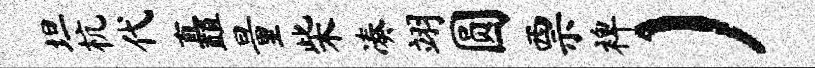
坦杭代矗量柴凑翊圆票裨）